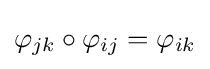
\varphi _{jk}\circ \varphi _{ij}=\varphi _{ik}